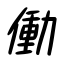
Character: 働